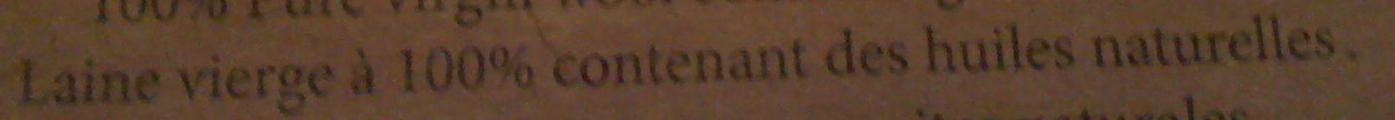
Laine vierge a 100% contenant des huiles naturelles.